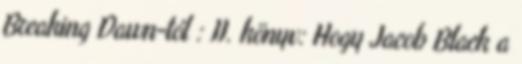
Breaking Dawn-tól : II. könyv: Hogy Jacob Black a